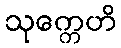
သုက္ကေဟိ